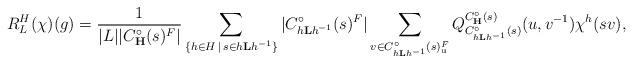
LaTeX: \begin{align*} R_L^H(\chi)(g) = \frac{1}{|L||C_{\mathbf{H}}^{\circ}(s)^F|} \sum_{\{ h \in H \, \mid \, s \in h \mathbf{L} h^{-1} \}} |C_{h \mathbf{L}h^{-1}}^{\circ} (s)^F| \sum_{ v \in C_{h \mathbf{L}h^{-1}}^{\circ} (s)^F_{\mathrm{u}}} Q_{C_{h \mathbf{L}h^{-1}}^{\circ} (s)}^{C_{\mathbf{H}}^{\circ}(s)}(u, v^{-1}) \chi^h(sv),\end{align*}